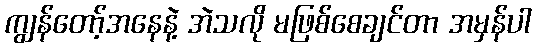
ကျွန်တော့်အနေနဲ့ အဲသလို မဖြစ်စေချင်တာ အမှန်ပါ